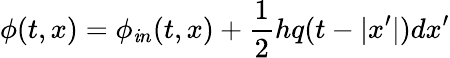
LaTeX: \phi(t,x)=\phi_{\mathit{i}n}(t,x)+{\frac{{1}}{{2}}}hq(t-|x^{\prime}|)dx^{\prime}